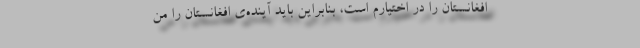
افغانستان را در اختیارم است، بنابراین باید آینده‌ی افغانستان را من